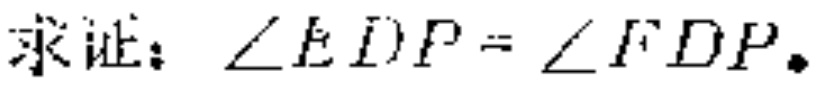
求证：\(\angle EDP = \angle FDP\).